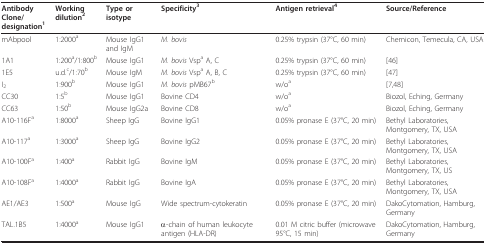
| AntibodyClone/designation1 | Working dilution2 | Type or isotype | Specificity3 | Antigen retrieval4 | Source/Reference |
 | --- | --- | --- | --- | --- | --- |
 | mAbpool | 1:2000a | Mouse IgG1 and IgM | M. bovis | 0.25% trypsin (37°C, 60 min) | Chemicon, Temecula, CA, USA |
 | 1A1 | 1:200a/1:800b | Mouse IgG1 | M. bovis Vspa A, C | 0.25% trypsin (37°C, 60 min) | [46] |
 | 1E5 | u.d.c/1:70b | Mouse IgM | M. bovis Vspa A, B, C | 0.25% trypsin (37°C, 60 min) | [47] |
 | I2 | 1:900b | Mouse IgG1 | M. bovis pMB67b | w/oa | [7,48] |
 | CC30 | 1:5b | Mouse IgG1 | Bovine CD4 | w/oa | Biozol, Eching, Germany |
 | CC63 | 1:50b | Mouse IgG2a | Bovine CD8 | w/oa | Biozol, Eching, Germany |
 | A10-116Fa | 1:8000a | Sheep IgG | Bovine IgG1 | 0.05% pronase E (37°C, 20 min) | Bethyl Laboratories, Montgomery, TX, USA |
 | A10-117a | 1:3000a | Sheep IgG | Bovine IgG2 | 0.05% pronase E (37°C, 20 min) | Bethyl Laboratories, Montgomery, TX, USA |
 | A10-100Fa | 1:400a | Rabbit IgG | Bovine IgM | 0.05% pronase E (37°C, 20 min) | Bethyl Laboratories, Montgomery, TX, US |
 | A10-108Fa | 1:4000a | Rabbit IgG | Bovine IgA | 0.05% pronase E (37°C, 20 min) | Bethyl Laboratories, Montgomery, TX, USA |
 | AE1/AE3 | 1:500a | Mouse IgG | Wide spectrum-cytokeratin | 0.05% pronase E (37°C, 20 min) | DakoCytomation, Hamburg, Germany |
 | TAL.1B5 | 1:4000a | Mouse IgG1 | α-chain of human leukocyte antigen (HLA-DR) | 0.01 M citric buffer (microwave 95°C, 15 min) | DakoCytomation, Hamburg, Germany |